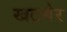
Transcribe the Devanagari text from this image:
खटमेर